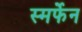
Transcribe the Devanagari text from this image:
स्मर्फेन